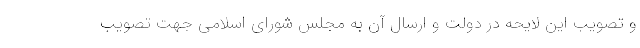
و تصویب این لایحه در دولت و ارسال آن به مجلس شورای اسلامی جهت تصویب